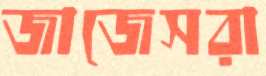
জাজেসরা